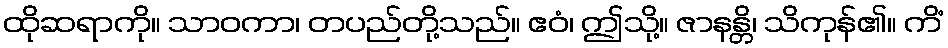
ထိုဆရာကို။ သာဝကာ၊ တပည်တို့သည်။ ဧဝံ၊ ဤသို့။ ဇာနန္တိ၊ သိကုန်၏။ ကိံ